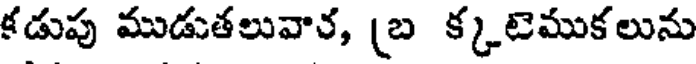
కడుపు ముడుతలువార, (బ క్కటెముకలును